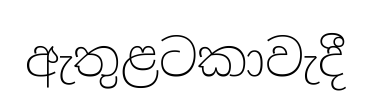
ඇතුළටකාවැදී